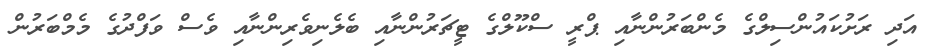
އަދި ރަށުކައުންސިލްގެ މެންބަރުންނާއި ޕްރީ ސްކޫލްގެ ޓީޗަރުންނާއި ބެލެނިވެރިންނާއި ވެސް ވަފްދުގެ މެމްބަރުން